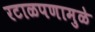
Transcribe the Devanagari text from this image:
रटाळपणामुळे